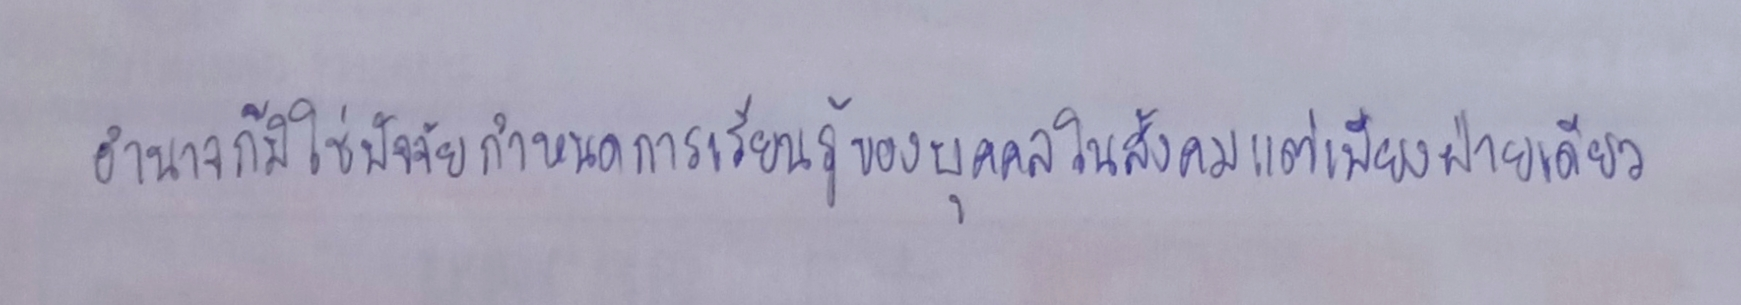
อำนาจก็มิใช่ปัจจัยกำหนดการเรียนรู้ของบุคคลในสังคมแต่เพียงฝ่ายเดียว